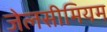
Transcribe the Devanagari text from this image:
जेलसीमियम